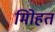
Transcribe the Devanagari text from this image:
मोिहत